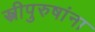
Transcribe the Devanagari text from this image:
स्त्रीपुरुषांना